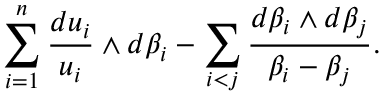
\sum _ { i = 1 } ^ { n } \frac { d u _ { i } } { u _ { i } } \wedge d \beta _ { i } - \sum _ { i < j } \frac { d \beta _ { i } \wedge d \beta _ { j } } { \beta _ { i } - \beta _ { j } } .